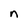
Character: n